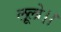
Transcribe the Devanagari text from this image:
लूलो।।